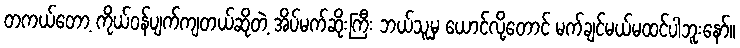
တကယ်တော့ ကိုယ်ဝန်ပျက်ကျတယ်ဆိုတဲ့ အိပ်မက်ဆိုးကြီး ဘယ်သူမှ ယောင်လို့တောင် မက်ချင်မယ်မထင်ပါဘူးနော်။